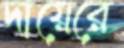
দায়েরে